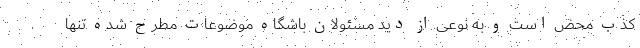
کذب محض است و به نوعی از دید مسئولان باشگاه موضوعات مطرح شده تنها